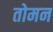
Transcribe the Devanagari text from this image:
तोमन